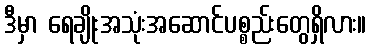
ဒီမှာ ရေချိုးအသုံးအဆောင်ပစ္စည်းတွေရှိလား။